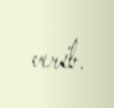
verib.